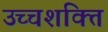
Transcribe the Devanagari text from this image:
उच्‍चशक्ति